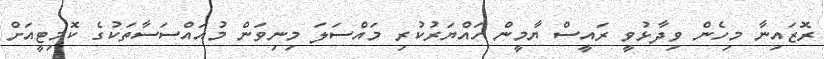
ރޮޒައިނާ މިހެން ވިދާޅުވީ ރައީސް ޔާމީން ހައްޔަރުކުރި މައްސަލަ މިނިވަން މުއައްސަސާތަކުގެ ކޮމިޓީއަށް